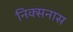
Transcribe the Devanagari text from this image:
निक्सनास